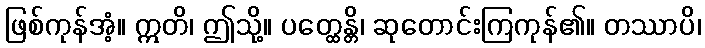
ဖြစ်ကုန်အံ့။ ဣတိ၊ ဤသို့။ ပတ္ထေန္တိ၊ ဆုတောင်းကြကုန်၏။ တဿာပိ၊